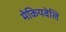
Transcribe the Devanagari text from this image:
मेकियवेलि